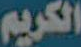
الكريم